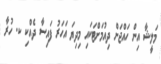
މަލީޝާ އިން ހައްޖަށް ދިއުމަށްޓަކައި މިދިޔަ އަހަރު ފައިސާ ދެއްކި ކ. ހުރާ